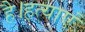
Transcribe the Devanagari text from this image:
है।हत्याएं